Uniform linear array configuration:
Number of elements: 4
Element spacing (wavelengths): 0.5
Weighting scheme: exponential
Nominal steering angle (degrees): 15
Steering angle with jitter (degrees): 15.485
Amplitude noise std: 0.05
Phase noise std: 0.05

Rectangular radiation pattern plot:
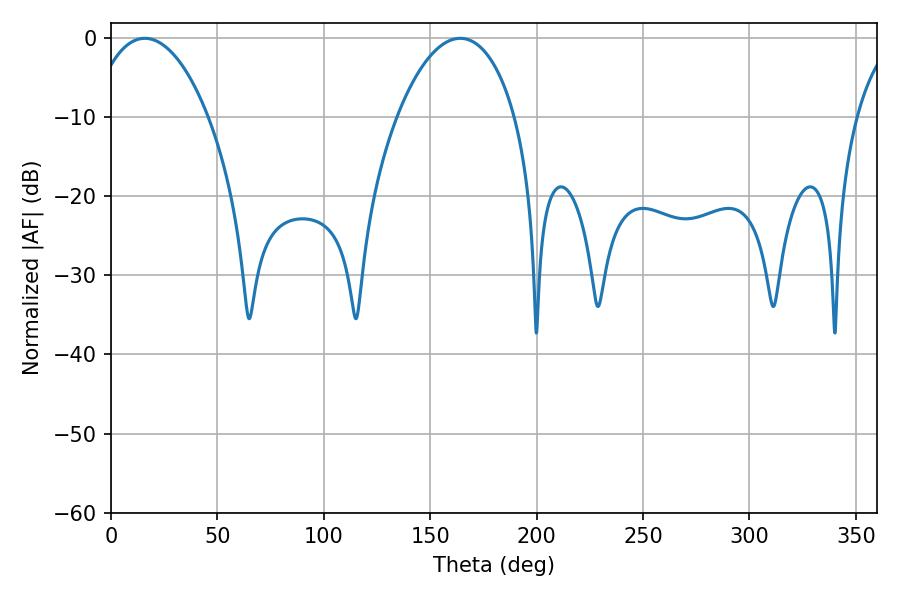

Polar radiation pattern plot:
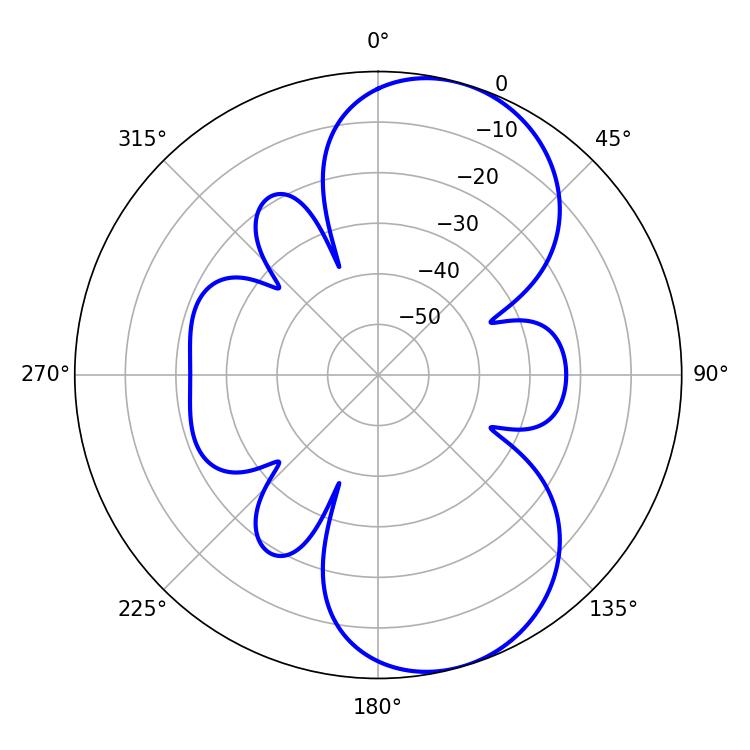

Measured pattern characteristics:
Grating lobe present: FALSE
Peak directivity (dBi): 7.899
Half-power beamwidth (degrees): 31.32
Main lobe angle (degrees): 15.84